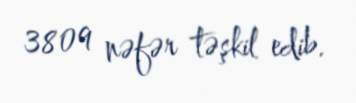
3809 nəfər təşkil edib.